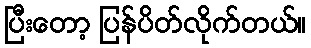
ပြီးတော့ ပြန်ပိတ်လိုက်တယ်။